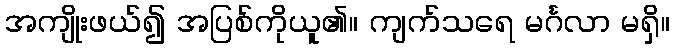
အကျိုးဖယ်၍ အပြစ်ကိုယူ၏။ ကျက်သရေ မင်္ဂလာ မရှိ။